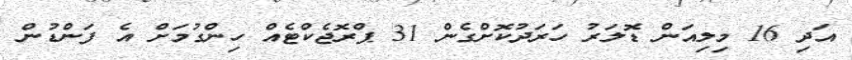
އަދި 16 މިލިއަން ޑޮލަރު ހަރަދުކޮށްގެން 31 ޕްރޮޖެކްޓެއް ހިންގުމަށް އެ ފަންޑުން